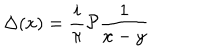
\Delta ( x ) = \frac { i } { \pi } { \cal P } \frac { 1 } { x - y }